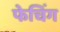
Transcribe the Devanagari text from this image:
फेचिंग